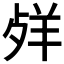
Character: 𦍲